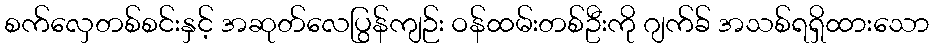
စက်လှေတစ်စင်းနှင့် အဆုတ်လေပြွန်ကျဉ်း ဝန်ထမ်းတစ်ဦးကို ဂျက်ခ် အသစ်ရရှိထားသော